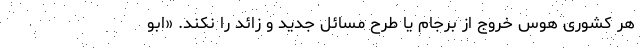
هر کشوری هوس خروج از برجام یا طرح مسائل جدید و زائد را نکند. «ابو